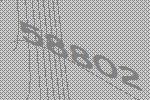
58802